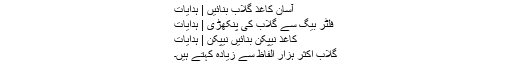
آسان کاغذ گلاب بنائیں | ہدایات
فلٹر بیگ سے گلاب کی پنکھڑی | ہدایات
کاغذ نیپکن بنائیں نیپکن | ہدایات
گلاب اکثر ہزار الفاظ سے زیادہ کہتے ہیں۔